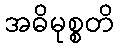
အဓိမုစ္စတိ